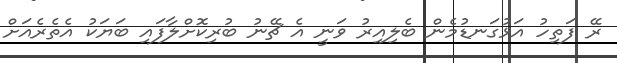
ރޭ ފަތިހު އަޅުގަނޑުމެން ބެލިއިރު ވަނީ އެ ޗޭނު ބުރިކޮށްލާފައި ބަޔަކު އެތެރެއަށް